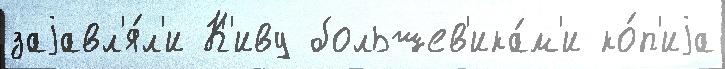
заjавл'я́л'и К'иву большев'ика́м'и ко́п'иjа